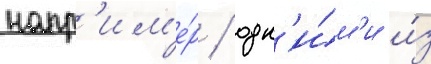
напр'им'е́р / одн'и́м'и и́з